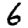
Digit: 6